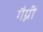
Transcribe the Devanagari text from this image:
गैग्नी